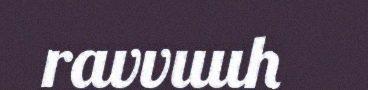
ravvuuh